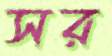
সর